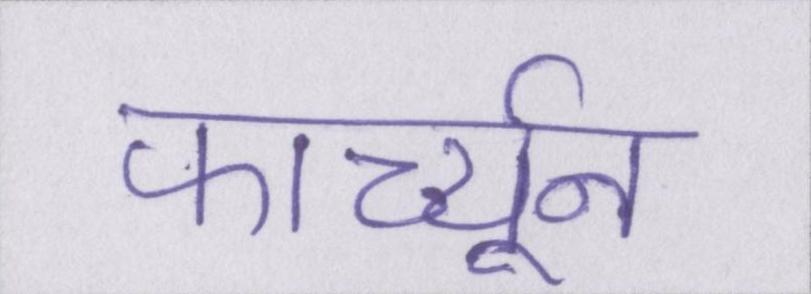
फार्च्यून